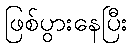
ဖြစ်ပွားနေပြီး